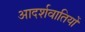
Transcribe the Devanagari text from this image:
आदर्शवातियों